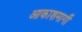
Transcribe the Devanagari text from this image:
आकाशमार्गी